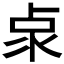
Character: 𠧹